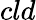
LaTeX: cld